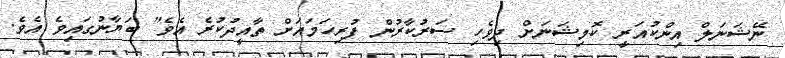
ނޭޝަނަލް އިންކުއަރީ ކޮމިޝަނަށް ދިވެހި ސަރުކާރުން ފުރިހަމައަށް ތާއީދުކުރެ އެވެ" ބަޔާނުގައިވެ އެވެ.